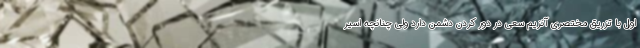
اول با تزریق مختصری آنزیم سعی در دور کردن دشمن دارد ولی چنانچه اسیر